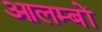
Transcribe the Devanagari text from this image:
आलम्बों